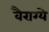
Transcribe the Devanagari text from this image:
वैराग्ये